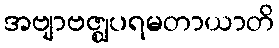
အဗျာဗဇ္ဈပရမတာယာတိ